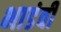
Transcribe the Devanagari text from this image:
भाडंवी